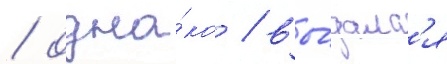
/ одна́ко / вы́далс'я